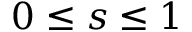
0 \leq s \leq 1